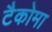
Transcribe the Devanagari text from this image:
टैकोमा